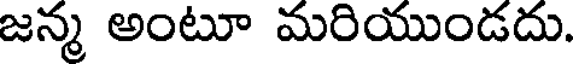
జన్మ అంటూ మరియుండదు.